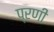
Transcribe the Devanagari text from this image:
प्रणी